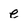
Character: e